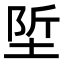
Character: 𡌌